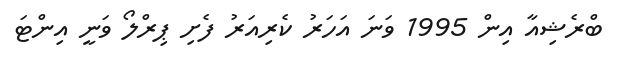
ބްރެޝިއާ އިން 1995 ވަނަ އަހަރު ކެރިއަރު ފެށި ޕިރްލޯ ވަނީ އިންޓަ